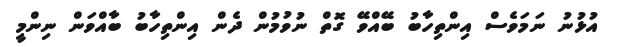
އުޅުނު ނަމަވެސް އިންތިހާބު ބޭއްވޭ ގޮތް ނުވުމުން ދެން އިންތިހާބު ބާއްވަން ނިންމީ